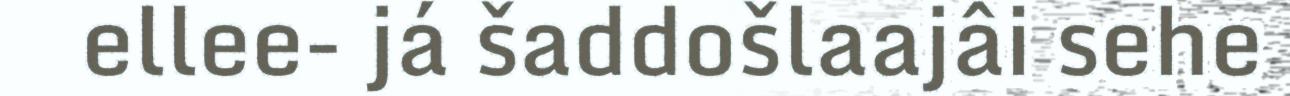
ellee- já šaddošlaajâi sehe